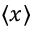
\langle x \rangle